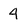
Character: 4